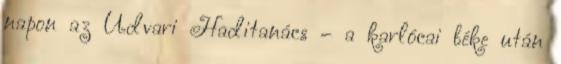
napon az Udvari Haditanács – a karlócai béke után